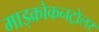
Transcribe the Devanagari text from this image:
माइक्रोकनट्रोलर